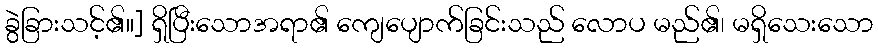
ခွဲခြားသင့်၏။] ရှိပြီးသောအရာ၏ ကျေပျောက်ခြင်းသည် လောပ မည်၏၊ မရှိသေးသော